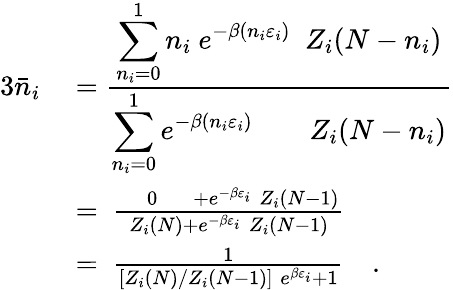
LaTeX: {\begin{array}{rl}{{3}{\bar{n}}_{i}\ }&{={\frac{\displaystyle\sum_{n_{i}=0}^{1}n_{i}\ e^{-\beta(n_{i}\varepsilon_{i})}\ \ Z_{i}(N-n_{i})}{\displaystyle\sum_{n_{i}=0}^{1}e^{-\beta(n_{i}\varepsilon_{i})}\qquad Z_{i}(N-n_{i})}}}\\ &{=\ {\frac{\quad 0\quad\; +e^{-\beta\varepsilon_{i}}\; Z_{i}(N-1)}{Z_{i}(N)+e^{-\beta\varepsilon_{i}}\; Z_{i}(N-1)}}}\\ &{=\ {\frac{1}{[Z_{i}(N)/Z_{i}(N-1)]\; e^{\beta\varepsilon_{i}}+1}}\quad.}\end{array}}